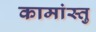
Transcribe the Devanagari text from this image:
कामांस्तु